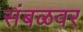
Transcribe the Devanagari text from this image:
संबळवर